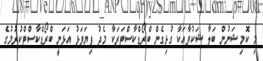
މި ކޮމިޝަނުން ބަލާ ޝަކުވާއަކާ ގުޅިގެން ބްރޯޑްކާސްޓަރަކާ މެދު ފިޔަވަޅު އަޅަނީ ބްރޯޑްކާސްޓްކުރުމުގެ